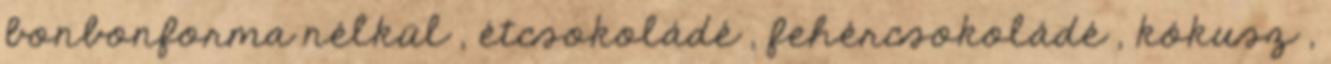
bonbonforma nélkül , étcsokoládé , fehércsokoládé , kókusz ,